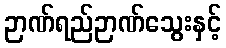
ဉာဏ်ရည်ဉာဏ်သွေးနှင့်